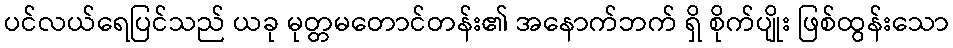
ပင်လယ်ရေပြင်သည် ယခု မုတ္တမတောင်တန်း၏ အနောက်ဘက် ရှိ စိုက်ပျိုး ဖြစ်ထွန်းသော